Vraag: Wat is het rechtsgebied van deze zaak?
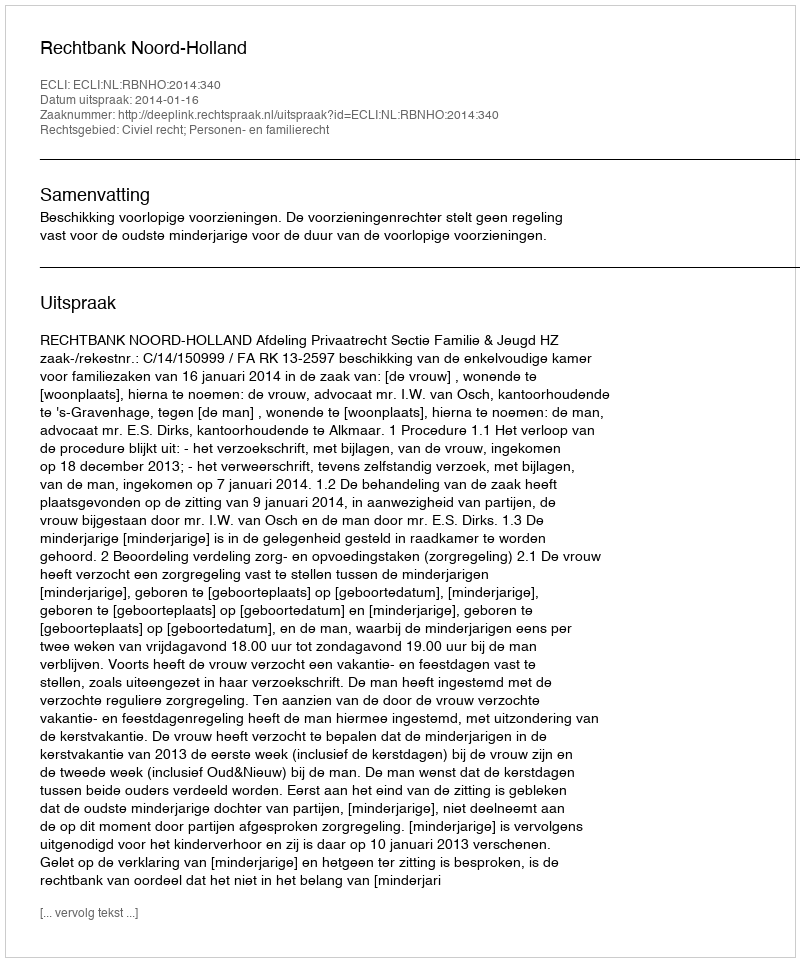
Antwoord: Civiel recht; Personen- en familierecht